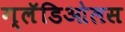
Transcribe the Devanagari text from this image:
ग्लॅडिओलस